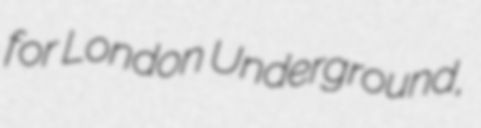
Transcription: for London Underground,